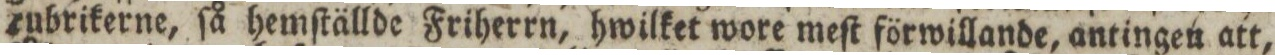
rubrikerne, ſå hemſtällde Friherrn, hwilket wore meſt förwillande, antingen att,